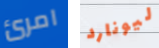
امرئ ليونارد